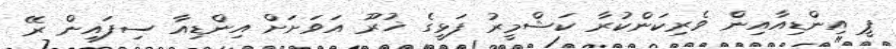
ޕީ އިންޑިއާއިން ވެރިކަންކުރާ ކަޝްމީރު ފަޅީގެ ޚުރޫ އަވަށަށް އިންޑިއާ ސިފައިން ރޭ